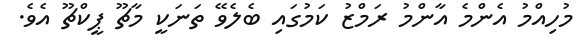
މުހިއްމު އެންމެ އާންމު ރަމްޒު ކަމުގައި ބެލެވޭ ތަނަކީ މާޗޫ ޕީކްޗޫ އެވެ.